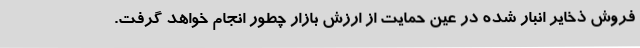
فروش ذخایر انبار شده در عین حمایت از ارزش بازار چطور انجام خواهد گرفت.